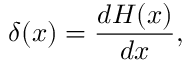
\delta ( x ) = { \frac { d H ( x ) } { d x } } ,